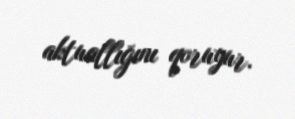
aktuallığını qoruyur.